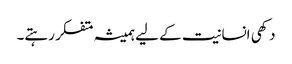
دکھی انسانیت کے لیے ہمیشہ متفکر رہتے۔